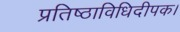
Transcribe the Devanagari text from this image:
प्रतिष्ठाविधिदीपक।